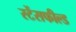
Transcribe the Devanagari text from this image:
स्टेंसफील्ड